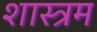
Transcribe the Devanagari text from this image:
शास्त्रम